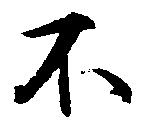
不